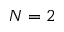
N = 2